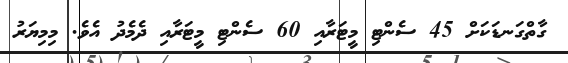
ގާތްގަނޑަކަށް 45 ސެންޓި މީޓަރާއި 60 ސެންޓި މީޓަރާއި ދެމެދު އެވެ. މިމިޔަރު